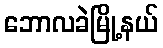
ဘောလခဲမြို့နယ်